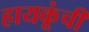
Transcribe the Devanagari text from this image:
हायकूंची